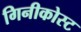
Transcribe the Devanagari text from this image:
गिनीकोस्ट